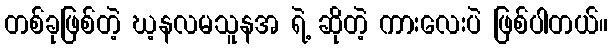
တစ်ခုဖြစ်တဲ့ ဃ့နလမသူနအ ရဲ့ ဆိုတဲ့ ကားလေးပဲ ဖြစ်ပါတယ်။